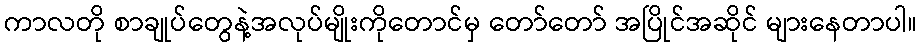
ကာလတို စာချုပ်တွေနဲ့အလုပ်မျိုးကိုတောင်မှ တော်တော် အပြိုင်အဆိုင် များနေတာပါ။